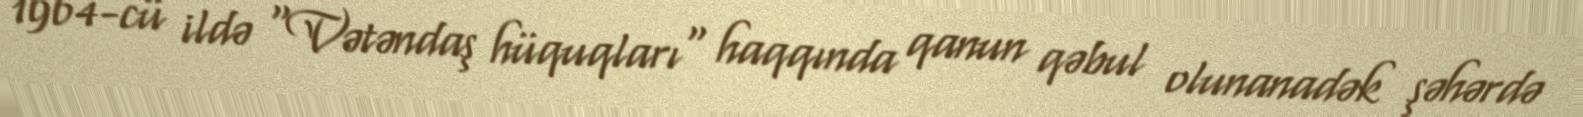
1964-cü ildə "Vətəndaş hüquqları" haqqında qanun qəbul olunanadək şəhərdə